system: You are a helpful assistant.
user:
Analyze the provided spectrum to determine if it is a **Carbon Star (C-type)**.

- **Key Visual Indicators of Carbon Star:**
    - **(Primary):** Strong molecular absorption from **C₂ (diatomic carbon) "Swan Bands."** This is the **defining feature** of a carbon star.
        - **(Key Bandheads):** Sharp absorption edges are visible at approximately $5635$ Å, $5165$ Å (the strongest band), and $4737$ Å.
        - **(Line Profile):** Creates a distinct **"saw-tooth"** pattern. The key morphology is a sharp, steep bandhead on the **red (long-wavelength) side**, which then gradually tapers off (i.e., flux recovers) towards the **blue (short-wavelength) side**. *(This is the direct opposite of the TiO bands seen in M-type stars)*.

    - **(Secondary):** Intense **CN (cyanogen)** molecular absorption bands.
        - **(Key Bandheads):** Located in the blue and violet regions of the spectrum (e.g., near $4215$ Å and $3883$ Å).
        - **(Morphology):** These bands are extremely broad and act as a "blanket," absorbing the vast majority of blue and violet light. This creates a characteristic **"cliff"** or **"steep drop-off"** in the spectrum's flux at short wavelengths.

    - **(Key Confirmation):** Strong **CH absorption band (G-band)**.
        - **(Key Bandhead):** Located around $4300$ Å. The contribution from CH molecules to this band is exceptionally strong.

    - **(Overall Spectrum):**
        - The continuum is severely "chopped up" by these deep molecular bands, especially C₂, rather than appearing as a smooth curve.
        - Due to the heavy CN and C₂ absorption in the blue-green, the vast majority of the star's flux is concentrated in the red part of the spectrum, giving the star its characteristic deep red color.

Think first, call **spectral_visualization_tool** if needed to examine features in detail, then provide your final answer. Your response must adhere to the following strict rules:
1.  **Overall Structure:** Your response must follow the format `<think>...</think> <tool_call>...</tool_call> (if a tool is used) <answer>...</answer>`.
2.  **Tool Usage Constraint:** You may only make **one** tool call per turn.
3.  **Final Answer Format:** In the `<answer>` tag, your conclusion must be inside a `\boxed{}` command (e.g., `\boxed{YES}`), followed by your justification.

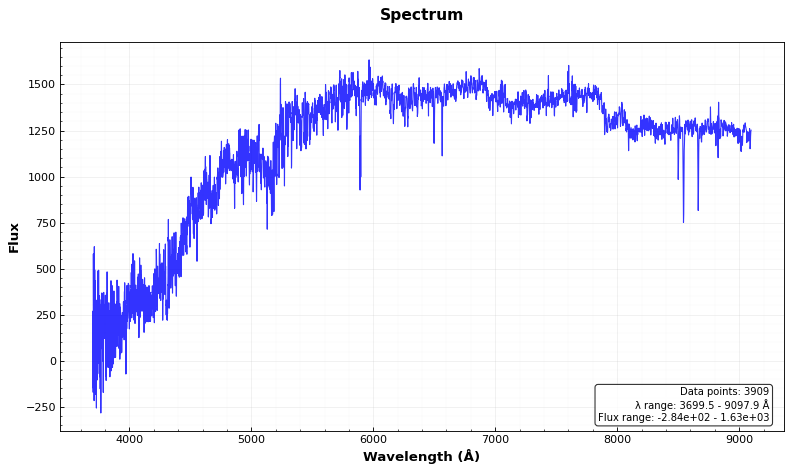
Answer: YES